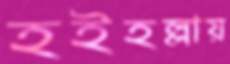
হইহল্লায়